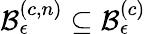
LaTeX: \mathcal{B}_{\epsilon}^{\left(c,n\right)}\subseteq\mathcal{B}_{\epsilon}^{\left(c\right)}